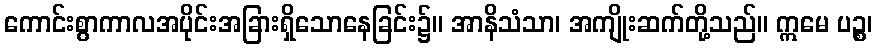
ကောင်းစွာကာလအပိုင်းအခြားရှိသောနေခြင်း၌။ အာနိသံသာ၊ အကျိုးဆက်တို့သည်။ ဣမေ ပဉ္စ၊